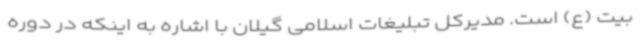
بیت (ع) است. مدیرکل تبلیغات اسلامی گیلان با اشاره به اینکه در دوره